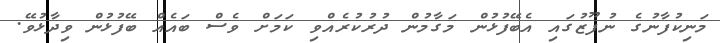
މަނިކުފާނުގެ ނުފޫޒުގައި އެބޭފުޅުން މަގާމުން ދުރުކުރެއްވި ކަމަށް ވެސް ބައެއް ބޭފުޅުން ވިދާޅުވޭ.